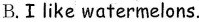
B.Ⅰlike watermelons.